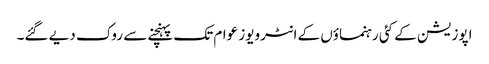
اپوزیشن کے کئی رہنماؤں کے انٹرویوز عوام تک پہنچنے سے روک دیے گئے۔